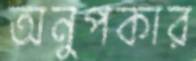
অনুপকার